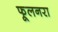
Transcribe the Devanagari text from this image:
फूलनरा